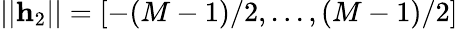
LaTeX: ||\mathbf{h}_{2}||=[-(M-1)/2,...,(M-1)/2]